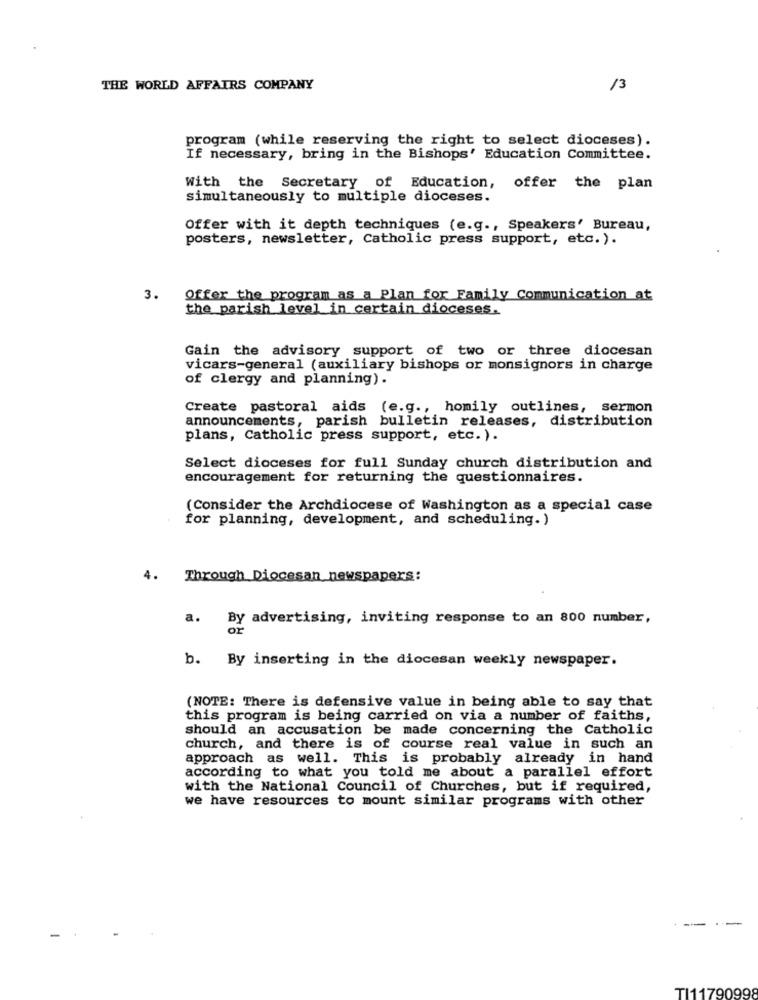
THE WORLD AFFAIRS COMPANY
13
program (while reserving the right to select dioceses).
If necessary, bring in the Bishops' Education Committee.
With the Secretary of Education, offer the plan
simultaneously to multiple dioceses.
Offer with it depth techniques (e.g ., Speakers' Bureau,
posters, newsletter, Catholic press support, etc.).
3.
Offer the program as a Plan for Family Communication at
the parish level in certain dioceses.
Gain the advisory support of two or three diocesan
vicars-general (auxiliary bishops or monsignors in charge
of clergy and planning).
Create pastoral aids (e.g ., homily outlines, sermon
announcements, parish bulletin releases, distribution
plans, Catholic press support, etc. ).
Select dioceses for full Sunday church distribution and
encouragement for returning the questionnaires.
(Consider the Archdiocese of Washington as a special case
for planning, development, and scheduling.)
4.
Through Diocesan newspapers:
a.
By advertising, inviting response to an 800 number,
or
b. By inserting in the diocesan weekly newspaper.
(NOTE: There is defensive value in being able to say that
this program is being carried on via a number of faiths,
should an accusation be made concerning the Catholic
church, and there is of course real value in such an
approach as well. This is probably already in hand
according to what you told me about a parallel effort
with the National Council of Churches, but if required,
we have resources to mount similar programs with other
-- ---
TI11790998